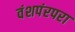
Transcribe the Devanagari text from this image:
वंशपंरपरा